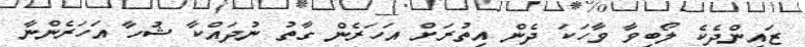
ޒައިންދެކެ ލޯބިވާ ވާހަކަ ދެން އިތުރަށް އަހަރެން ގާތު ނުދައްކާ ޝުހާ އަހަރެންނާ